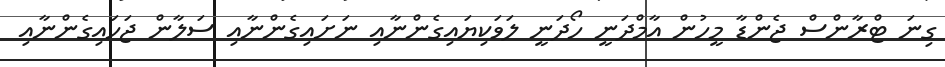
ގިނަ ޓްރާންސް ޖެންޑާ މީހުން އާމްދަނީ ހޯދަނީ ލަވަކިޔައިގެންނާއި ނަށައިގެންނާއި ސަލާން ޖަހައިގެންނާއި